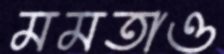
মমতাও